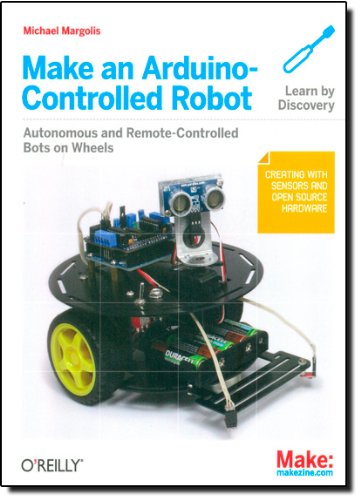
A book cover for Make an Arduino-Controlled Robot (Make: Projects); Michael Margolis; Computers & Technology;